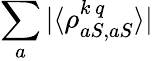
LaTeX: \sum_{a}|\langle\rho_{aS,aS}^{k\, q}\rangle|